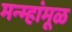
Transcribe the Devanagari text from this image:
मन्म्हांमूळ